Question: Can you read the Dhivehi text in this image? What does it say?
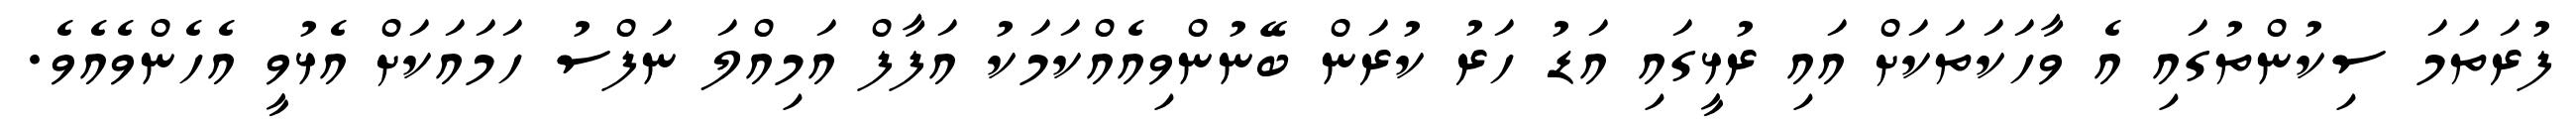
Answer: ފުރަތަމަ ސިކުންތުގައި އެ ވާހަކަތަކަށް އައި ރުޅީގައި އަޑު ހަރު ކުރަން ބޭނުންވިއެއްކަމަކު އަފާފް އަމިއްލަ ނަފްސު ހަމައަކަށް އެޅުވީ އެހެންވެއެވެ.